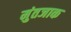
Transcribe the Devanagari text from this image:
मुंतजाक